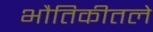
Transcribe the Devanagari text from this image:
भौतिकीतले